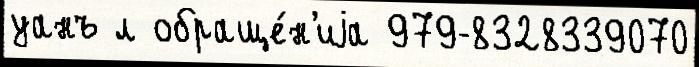
уанъ л обраще́н'иjа 979-8328339070